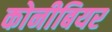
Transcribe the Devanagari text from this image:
कोनीबियर